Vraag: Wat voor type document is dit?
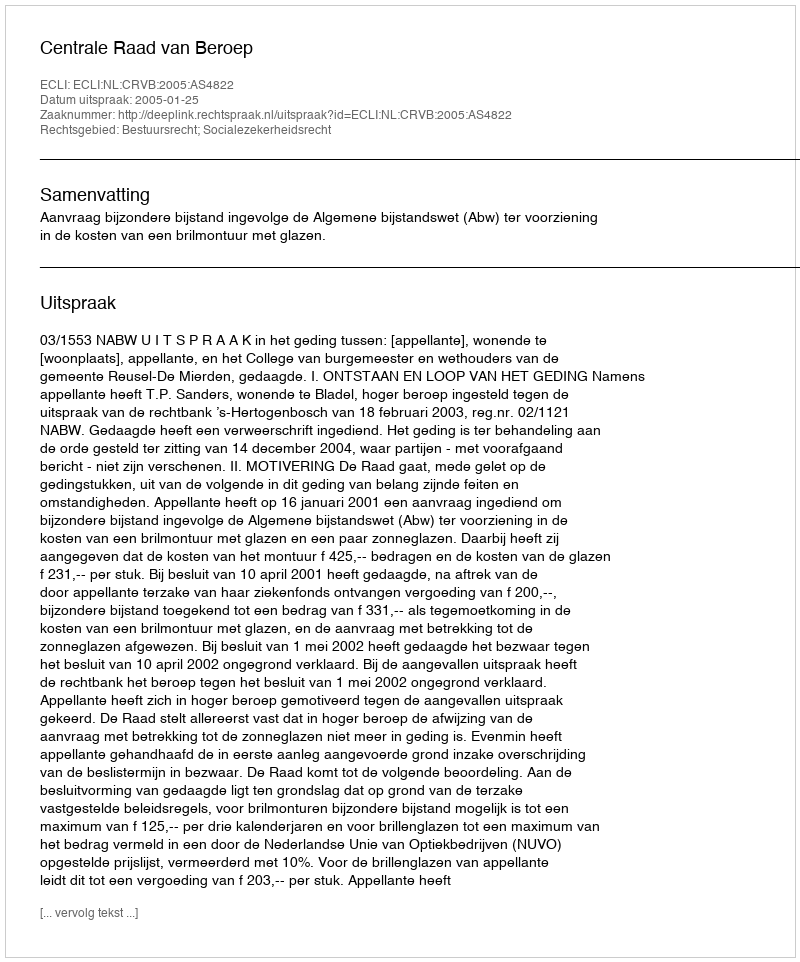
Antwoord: Uitspraak